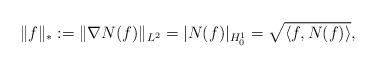
LaTeX: \begin{align*}\|f\|_{*} := \|\nabla N(f)\|_{L^{2}} = |N(f)|_{H^{1}_{0}} = \sqrt{\langle f, N(f) \rangle},\end{align*}